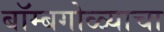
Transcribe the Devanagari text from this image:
बॉम्बगोळ्याचा